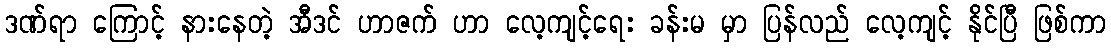
ဒဏ်ရာ ကြောင့် နားနေတဲ့ အီဒင် ဟာဇက် ဟာ လေ့ကျင့်ရေး ခန်းမ မှာ ပြန်လည် လေ့ကျင့် နိုင်ပြီ ဖြစ်ကာ